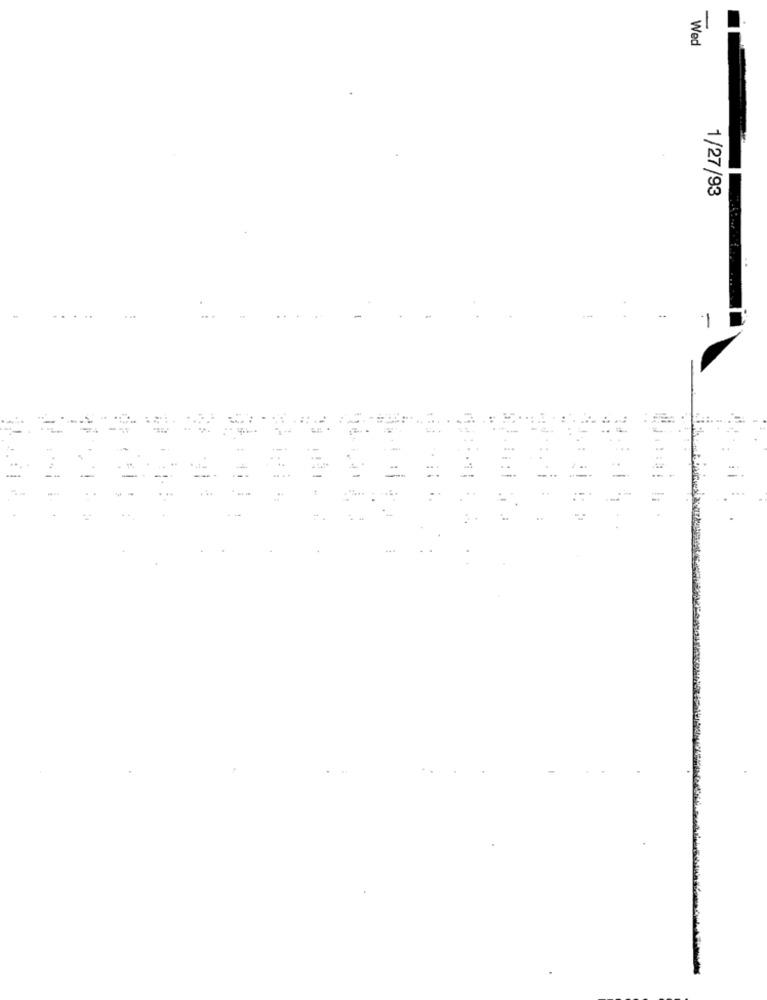
Wed
1/27/93
..